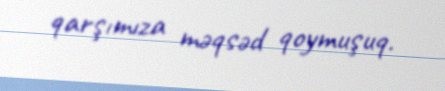
qarşımıza məqsəd qoymuşuq.